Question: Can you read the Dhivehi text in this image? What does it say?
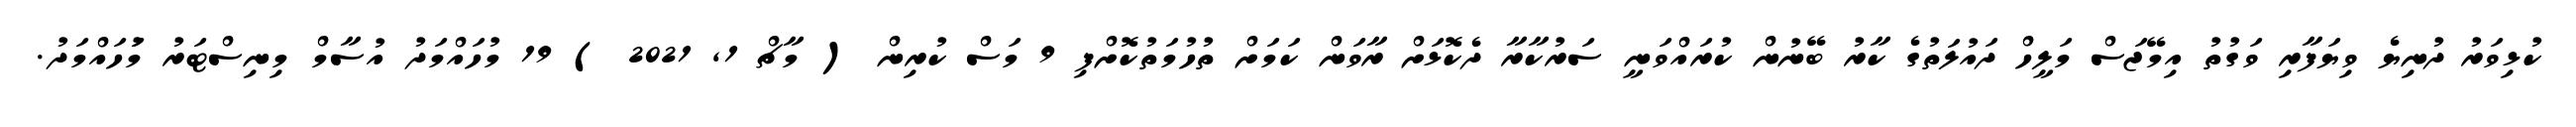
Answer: ކުޅިވަރު ދުނިޔެ ވިޔަފާރި ވަގުތު އިމޭޖަސް މަލީހް ދައުލަތުގެ ކާރު ބޭނުން ކުރައްވަނީ ސަރުކާރާ ދެކޮޅަށް ރާވަން ކަމަށް ތުހުމަތުކޮށްފި 9 މަސް ކުރިން ( މާޗް 1, 2021 ) 19 މުހައްމަދު އުސާމް މިނިސްޓަރު މުަހައްމަދު.